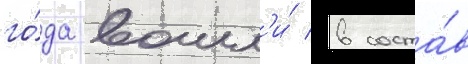
го́да вошл'и́ в соста́в